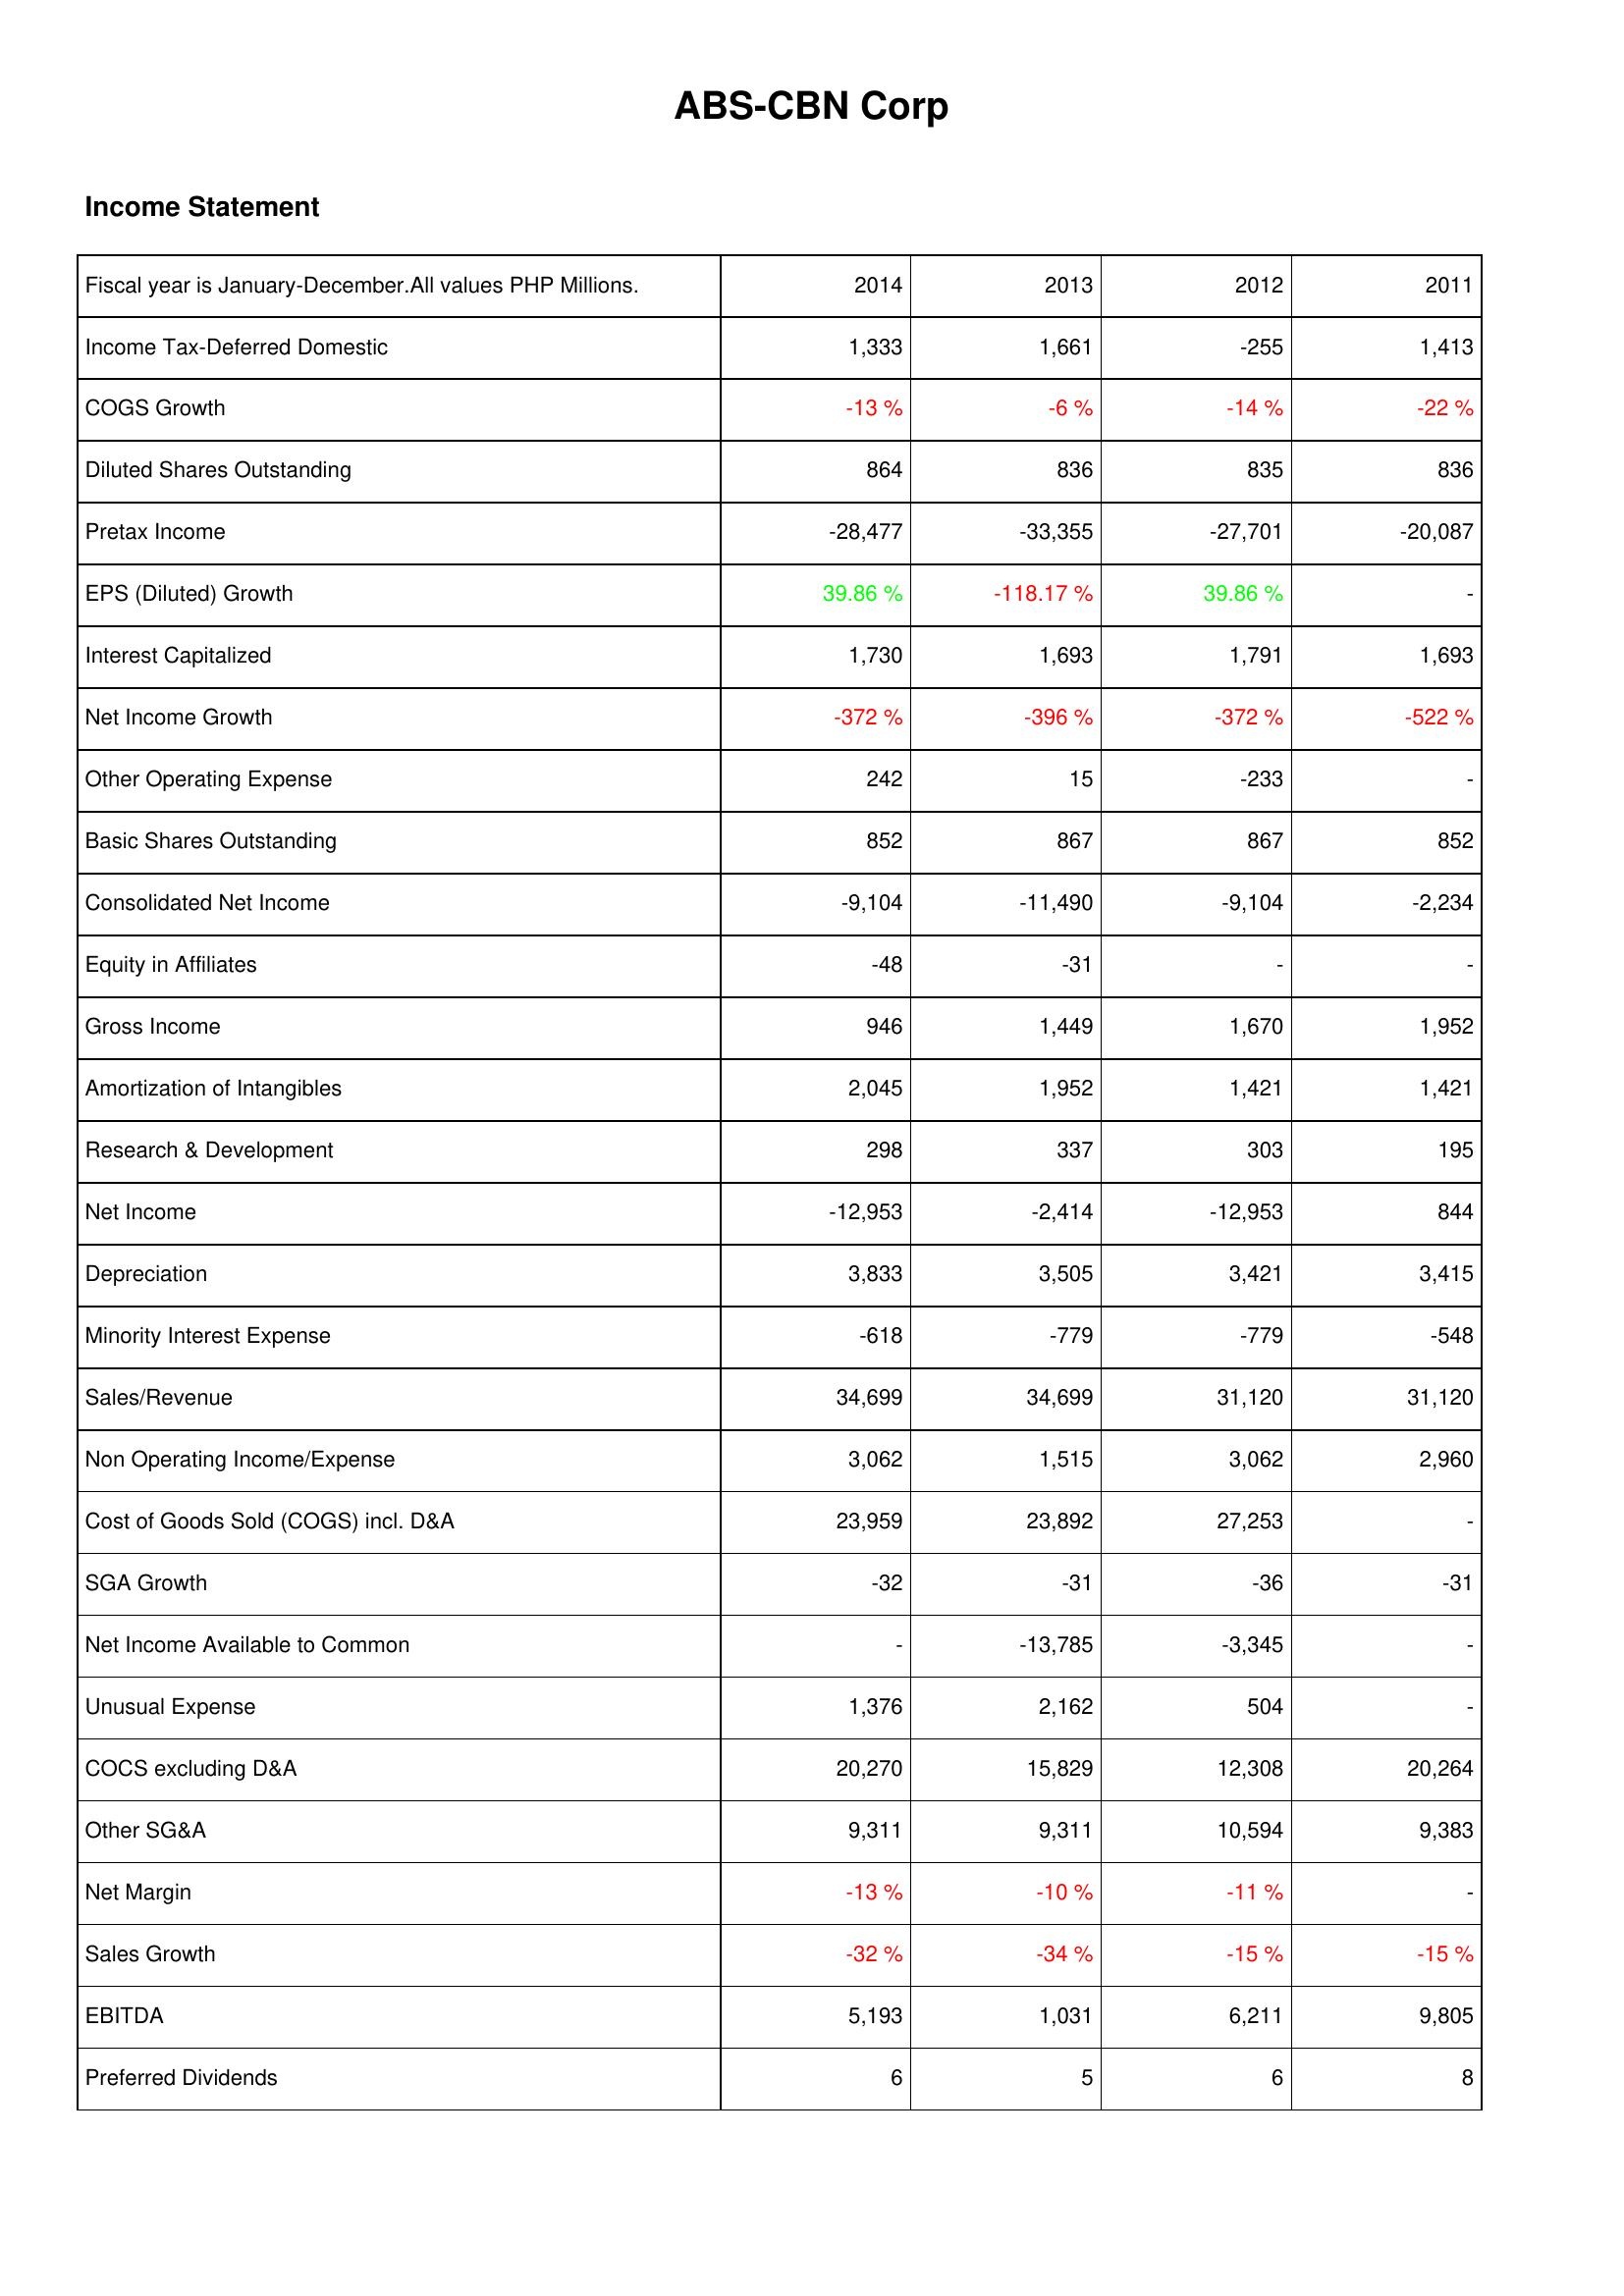
2014: Income Statement: Income Tax-Deferred Domestic: 1,333
COGS Growth: -13 %
Diluted Shares Outstanding: 864
Pretax Income: -28,477
EPS (Diluted) Growth: 39.86 %
Interest Capitalized: 1,730
Net Income Growth: -372 %
Other Operating Expense: 242
Basic Shares Outstanding: 852
Consolidated Net Income: -9,104
Equity in Affiliates: -48
Gross Income: 946
Amortization of Intangibles: 2,045
Research & Development: 298
Net Income: -12,953
Depreciation: 3,833
Minority Interest Expense: -618
Sales/Revenue: 34,699
Non Operating Income/Expense: 3,062
Cost of Goods Sold (COGS) incl. D&A: 23,959
SGA Growth: -32
Net Income Available to Common: -
Unusual Expense: 1,376
COCS excluding D&A: 20,270
Other SG&A: 9,311
Net Margin: -13 %
Sales Growth: -32 %
EBITDA: 5,193
Preferred Dividends: 6
2013: Income Statement: Income Tax-Deferred Domestic: 1,661
COGS Growth: -6 %
Diluted Shares Outstanding: 836
Pretax Income: -33,355
EPS (Diluted) Growth: -118.17 %
Interest Capitalized: 1,693
Net Income Growth: -396 %
Other Operating Expense: 15
Basic Shares Outstanding: 867
Consolidated Net Income: -11,490
Equity in Affiliates: -31
Gross Income: 1,449
Amortization of Intangibles: 1,952
Research & Development: 337
Net Income: -2,414
Depreciation: 3,505
Minority Interest Expense: -779
Sales/Revenue: 34,699
Non Operating Income/Expense: 1,515
Cost of Goods Sold (COGS) incl. D&A: 23,892
SGA Growth: -31
Net Income Available to Common: -13,785
Unusual Expense: 2,162
COCS excluding D&A: 15,829
Other SG&A: 9,311
Net Margin: -10 %
Sales Growth: -34 %
EBITDA: 1,031
Preferred Dividends: 5
2012: Income Statement: Income Tax-Deferred Domestic: -255
COGS Growth: -14 %
Diluted Shares Outstanding: 835
Pretax Income: -27,701
EPS (Diluted) Growth: 39.86 %
Interest Capitalized: 1,791
Net Income Growth: -372 %
Other Operating Expense: -233
Basic Shares Outstanding: 867
Consolidated Net Income: -9,104
Equity in Affiliates: -
Gross Income: 1,670
Amortization of Intangibles: 1,421
Research & Development: 303
Net Income: -12,953
Depreciation: 3,421
Minority Interest Expense: -779
Sales/Revenue: 31,120
Non Operating Income/Expense: 3,062
Cost of Goods Sold (COGS) incl. D&A: 27,253
SGA Growth: -36
Net Income Available to Common: -3,345
Unusual Expense: 504
COCS excluding D&A: 12,308
Other SG&A: 10,594
Net Margin: -11 %
Sales Growth: -15 %
EBITDA: 6,211
Preferred Dividends: 6
2011: Income Statement: Income Tax-Deferred Domestic: 1,413
COGS Growth: -22 %
Diluted Shares Outstanding: 836
Pretax Income: -20,087
EPS (Diluted) Growth: -
Interest Capitalized: 1,693
Net Income Growth: -522 %
Other Operating Expense: -
Basic Shares Outstanding: 852
Consolidated Net Income: -2,234
Equity in Affiliates: -
Gross Income: 1,952
Amortization of Intangibles: 1,421
Research & Development: 195
Net Income: 844
Depreciation: 3,415
Minority Interest Expense: -548
Sales/Revenue: 31,120
Non Operating Income/Expense: 2,960
Cost of Goods Sold (COGS) incl. D&A: -
SGA Growth: -31
Net Income Available to Common: -
Unusual Expense: -
COCS excluding D&A: 20,264
Other SG&A: 9,383
Net Margin: -
Sales Growth: -15 %
EBITDA: 9,805
Preferred Dividends: 8